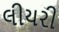
લીયરી